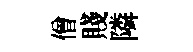
僧賤隣